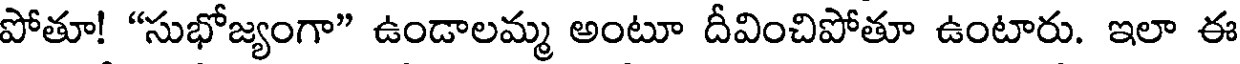
పోతూ! "సుభోజ్యంగా" ఉండాలమ్మ అంటూ దీవించిపోతూ ఉంటారు. ఇలా ఈ